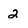
Character: 2